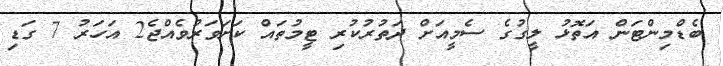
ބެޑްމިންޓަން އަތޮޅު ލީގުގެ ސެމީއަށް ދަތުރުކުރި ޓީމުތައް ކަށަވަރުވެއްޖެ2 އަހަރު 7 ގަޑި